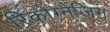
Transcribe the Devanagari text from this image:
रिकोग्नैजिंग